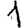
Digit: 1